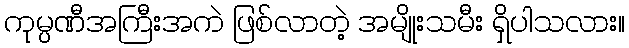
ကုမ္ပဏီအကြီးအကဲ ဖြစ်လာတဲ့ အမျိုးသမီး ရှိပါသလား။